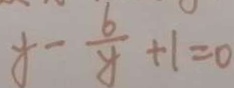
x - \frac { 6 } { y } + 1 = 0